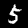
Digit: 5